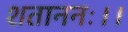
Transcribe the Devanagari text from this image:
शताननः।।